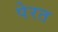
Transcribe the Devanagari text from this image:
पेरत